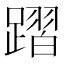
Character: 𨄌